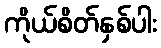
ကိုယ်စိတ်နှစ်ပါး